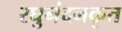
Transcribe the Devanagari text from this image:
रघुनंदनकृत